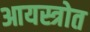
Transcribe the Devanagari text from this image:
आयस्त्रोत